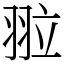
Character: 翋